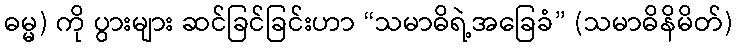
ဓမ္မ) ကို ပွားများ ဆင်ခြင်ခြင်းဟာ “သမာဓိရဲ့အခြေခံ” (သမာဓိနိမိတ်)